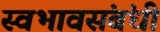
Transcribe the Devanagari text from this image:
स्वभावसंबंधी